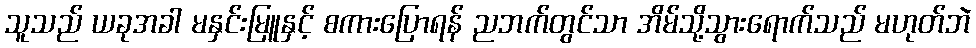
သူသည် ယခုအခါ မနှင်းမြူနှင့် စကားပြောရန် ညဘက်တွင်သာ အိမ်သို့သွားရောက်သည် မဟုတ်ဘဲ